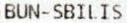
BUN-SBILIS